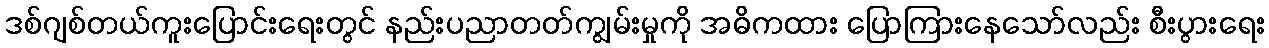
ဒစ်ဂျစ်တယ်ကူးပြောင်းရေးတွင် နည်းပညာတတ်ကျွမ်းမှုကို အဓိကထား ပြောကြားနေသော်လည်း စီးပွားရေး